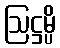
ဩဋ္ဌမ္ပိ